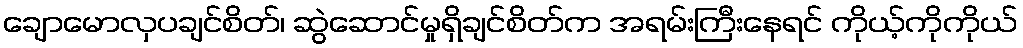
ချောမောလှပချင်စိတ်၊ ဆွဲဆောင်မှုရှိချင်စိတ်က အရမ်းကြီးနေရင် ကိုယ့်ကိုကိုယ်